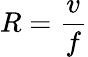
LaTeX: R={\frac{v}{f}}